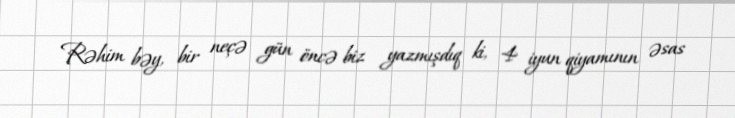
Rəhim bəy, bir neçə gün öncə biz yazmışdıq ki, 4 iyun qiyamının əsas